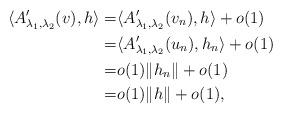
LaTeX: \begin{align*}\langle A'_{\lambda_1,\lambda_2}(v), h\rangle=&\langle A'_{\lambda_1,\lambda_2}(v_n), h\rangle +o(1)\\=&\langle A'_{\lambda_1,\lambda_2}(u_n), h_n\rangle +o(1)\\=&o(1)\|h_n\|+o(1)\\=&o(1)\|h\|+o(1),\end{align*}